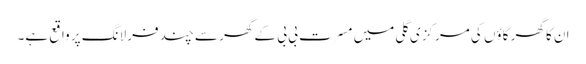
ان کا گھر گاؤں کی مرکزی گلی میں مسرت بی بی کے گھر سے چند فرلانگ پر واقع ہے۔